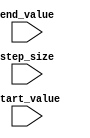
module incremental_for_loop (
    input wire [7:0] start_value,
    input wire [7:0] end_value,
    input wire [7:0] step_size
);

reg [7:0] counter;

always @ (posedge clk) begin
    if (counter < end_value) begin
        // Loop body operations or computations
        // based on the current iteration value
        
        counter <= counter + step_size;
    end
end

endmodule